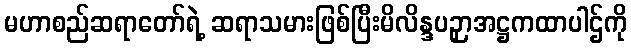
မဟာစည်ဆရာတော်ရဲ့ ဆရာသမားဖြစ်ပြီးမိလိန္ဒပဉှာအဋ္ဌကထာပါဌ်ကို